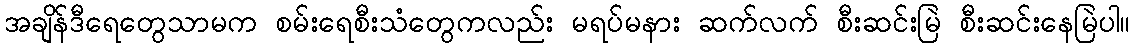
အချိန်ဒီရေတွေသာမက စမ်းရေစီးသံတွေကလည်း မရပ်မနား ဆက်လက် စီးဆင်းမြဲ စီးဆင်းနေမြဲပါ။